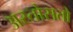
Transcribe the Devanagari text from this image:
अस्तोसतो